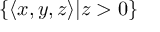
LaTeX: \{ \langle x , y , z \rangle | z > 0 \}